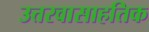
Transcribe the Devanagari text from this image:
उत्तरवासाहतिक